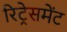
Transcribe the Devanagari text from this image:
रिट्रेसमेंट